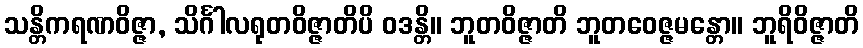
သန္တိကရဏဝိဇ္ဇာ, သိင်္ဂါလရုတဝိဇ္ဇာတိပိ ဝဒန္တိ။ ဘူတဝိဇ္ဇာတိ ဘူတဝေဇ္ဇမန္တော။ ဘူရိဝိဇ္ဇာတိ